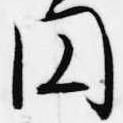
円